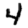
Digit: 4